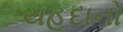
યહૂદાનો